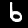
Label: 6